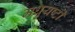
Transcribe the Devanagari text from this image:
मधुयष्‍टी